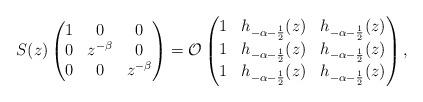
LaTeX: \begin{align*}S(z) \begin{pmatrix} 1 & 0 & 0\\ 0 & z^{-\beta} & 0\\ 0 & 0 & z^{-\beta}\end{pmatrix} = \mathcal{O}\begin{pmatrix} 1 & h_{-\alpha-\frac{1}{2}}(z) & h_{-\alpha-\frac{1}{2}}(z)\\ 1 & h_{-\alpha-\frac{1}{2}}(z) & h_{-\alpha-\frac{1}{2}}(z)\\ 1 & h_{-\alpha-\frac{1}{2}}(z) & h_{-\alpha-\frac{1}{2}}(z)\end{pmatrix},\end{align*}